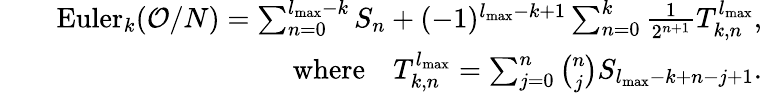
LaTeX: \begin{array}{rlr}&{}&{\mathrm{Euler}_{k}(\mathcal{O}/N)=\sum_{n=0}^{l_{\mathrm{max}}-k}S_{n}+(-1)^{l_{\mathrm{max}}-k+1}\sum_{n=0}^{k}\frac{1}{2^{n+1}}T_{k,n}^{l_{\mathrm{max}}},}\\ &{}&{\mathrm{where\quad}T_{k,n}^{l_{\mathrm{max}}}=\sum_{j=0}^{n}{\binom{n}{j}}S_{l_{\mathrm{max}}-k+n-j+1}.}\end{array}